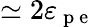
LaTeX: \simeq 2\varepsilon_{\mathrm{~p~e~}}